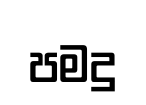
පමදු